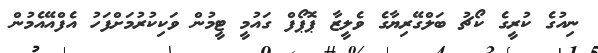
ނިއުގެ ކުރީގެ ކޯޗު ބަލްގޭރިޔާގެ ވެލީޒާ ޕޮޕޯފް ގައުމީ ޓީމުން ވަކިކުރުމަށްފަހު އެފްއޭއެމުން